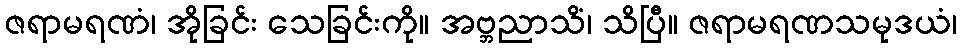
ဇရာမရဏံ၊ အိုခြင်း သေခြင်းကို။ အဗ္ဘညာသိံ၊ သိပြီ။ ဇရာမရဏသမုဒယံ၊